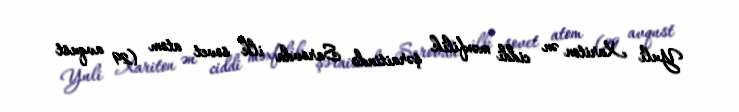
Yuli Xariton ən ciddi məxfilik şəraitində Sarovda ilk sovet atom (29 avqust